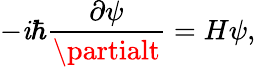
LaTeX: -\mathit{i}\hbar\frac{{\partial\psi}}{{\partialt}}=H\psi,